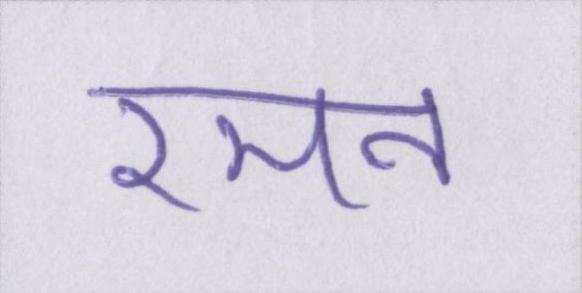
रमन